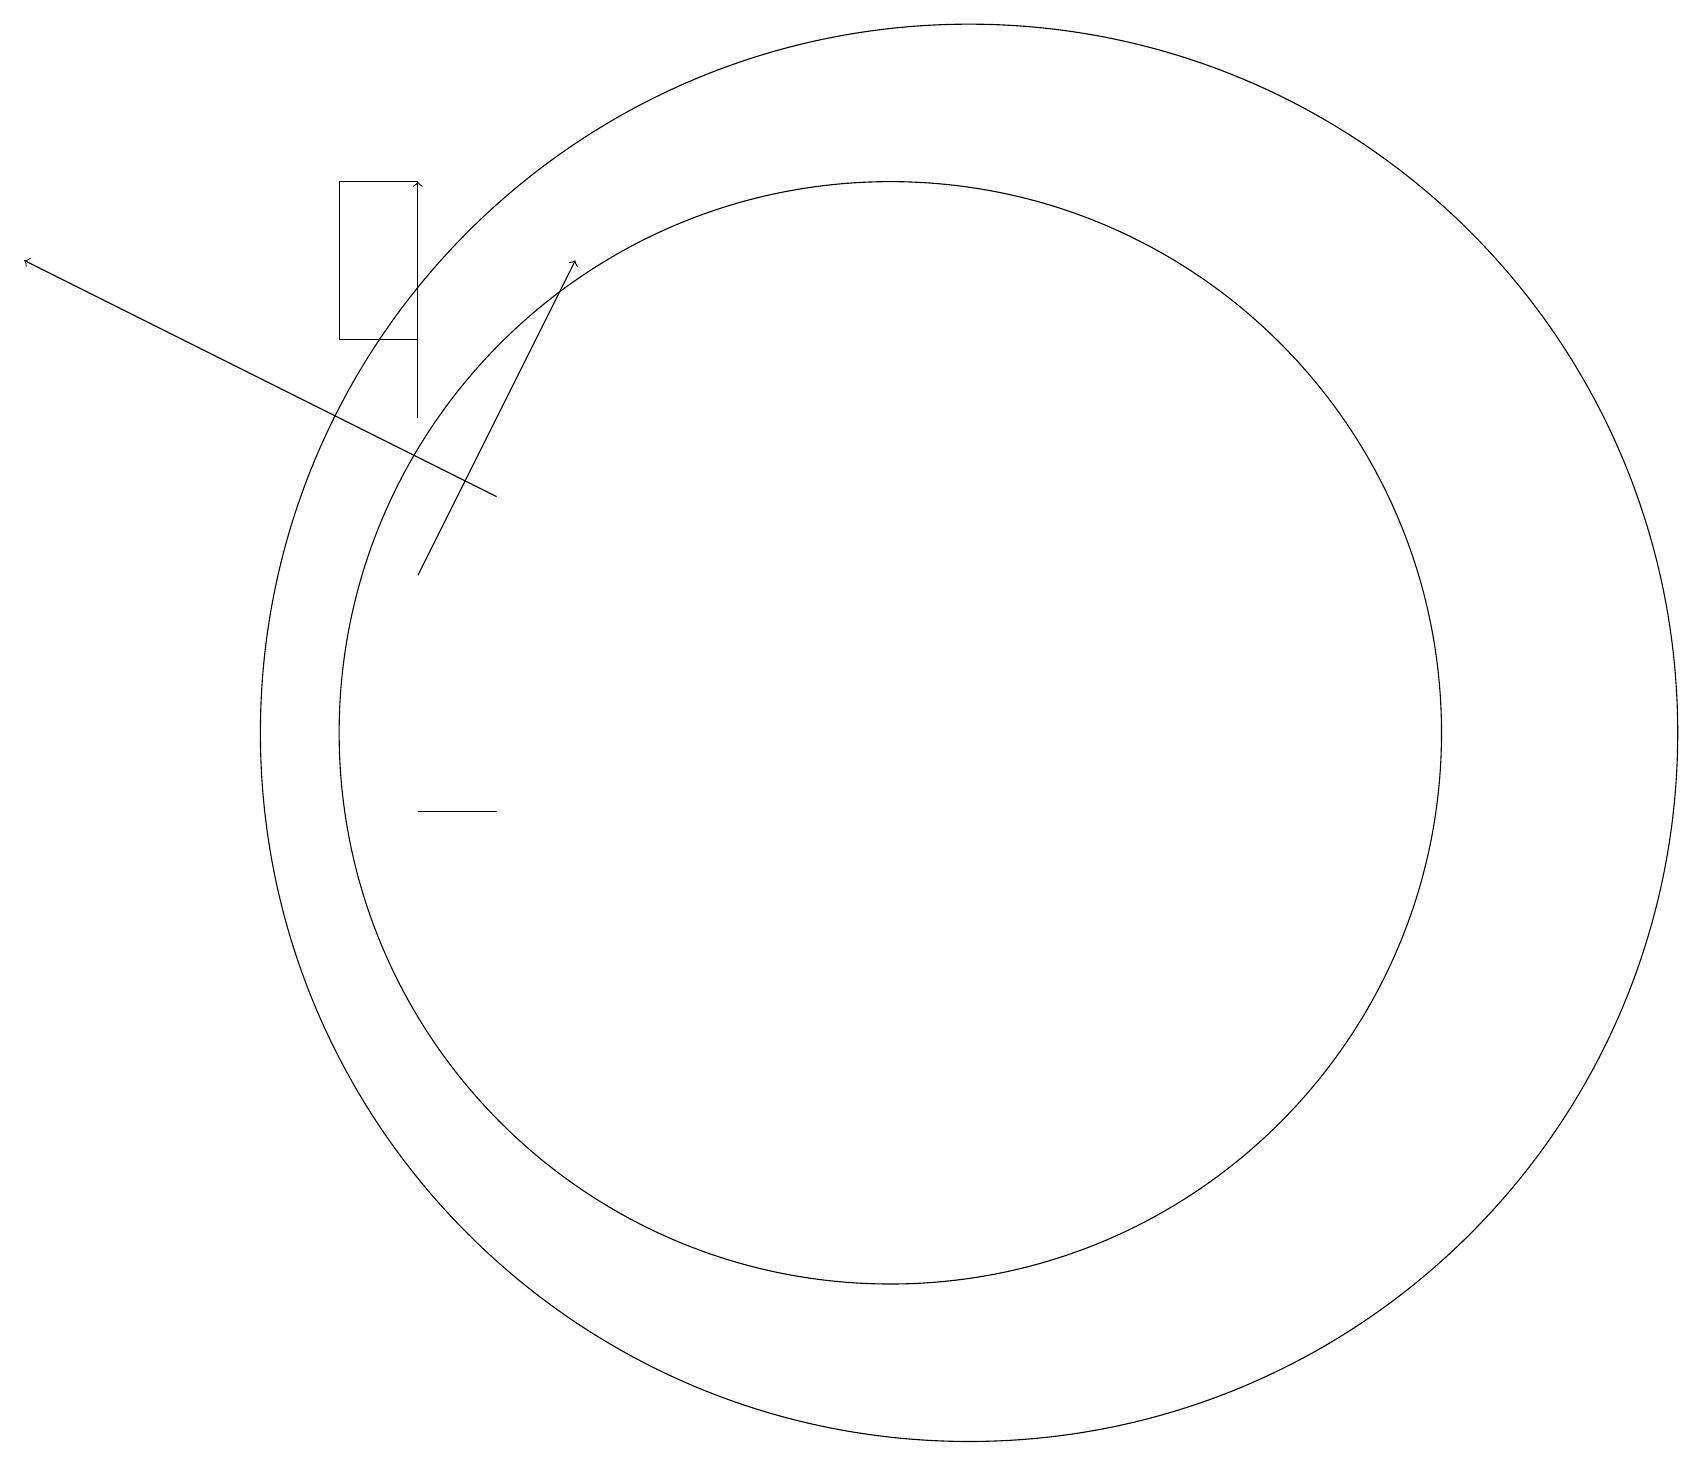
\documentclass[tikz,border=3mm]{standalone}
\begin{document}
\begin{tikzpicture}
\draw (4,18) rectangle (5,16);
\draw[->] (5,13) -- (7,17);
\draw (12,11) circle (9);
\draw (11,11) circle (7);
\draw (5,10) rectangle (6,10);
\draw[->] (6,14) -- (0,17);
\draw[->] (5,15) -- (5,18);
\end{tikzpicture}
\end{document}